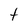
Character: t